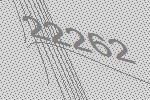
22262